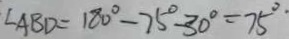
\angle A B D = 1 8 0 ^ { \circ } - 7 5 ^ { \circ } - 3 0 ^ { \circ } = 7 5 ^ { \circ . }